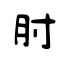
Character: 胕